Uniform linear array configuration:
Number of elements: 32
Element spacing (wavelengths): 1
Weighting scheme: blackman
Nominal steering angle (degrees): -15
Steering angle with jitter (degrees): -15.154
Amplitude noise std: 0.05
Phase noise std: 0.05

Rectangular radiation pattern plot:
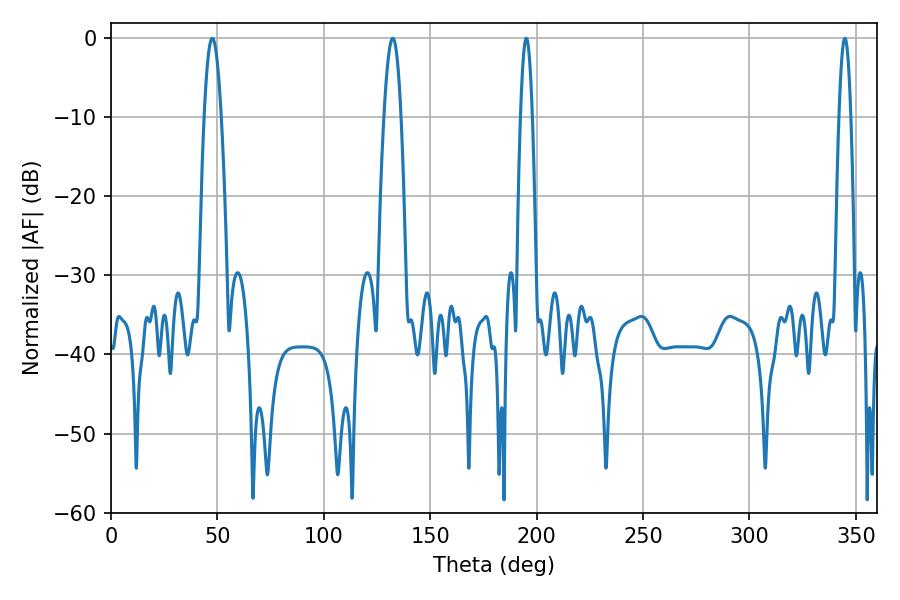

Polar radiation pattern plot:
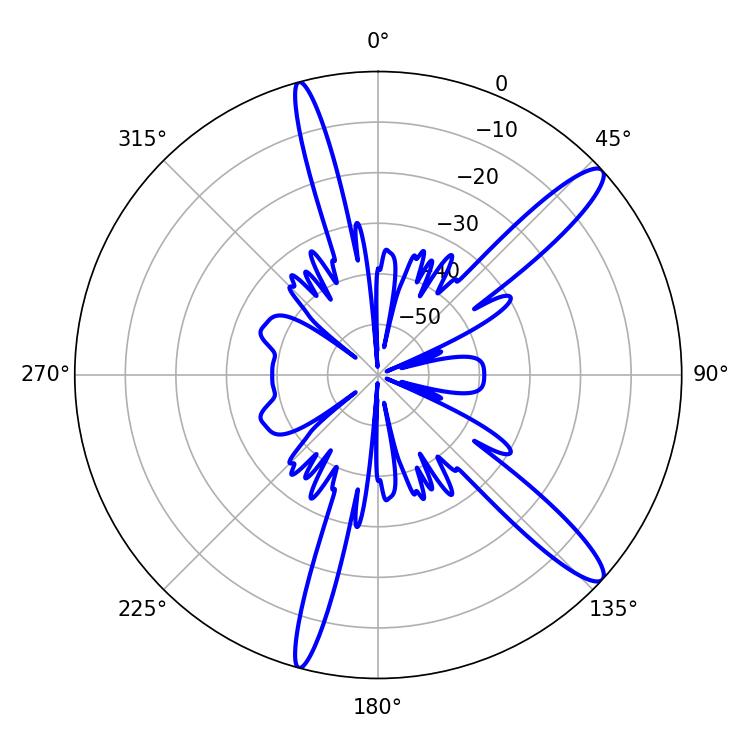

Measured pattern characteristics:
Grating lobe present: TRUE
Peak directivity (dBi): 13.33
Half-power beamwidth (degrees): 3.06
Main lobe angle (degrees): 195.12